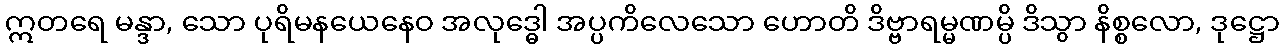
ဣတရေ မန္ဒာ, သော ပုရိမနယေနေဝ အလုဒ္ဓေါ အပ္ပကိလေသော ဟောတိ ဒိဗ္ဗာရမ္မဏမ္ပိ ဒိသွာ နိစ္စလော, ဒုဋ္ဌော